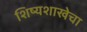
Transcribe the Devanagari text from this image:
शिष्यशाखेचा